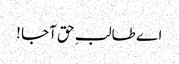
اے طالبِ حق آجا !